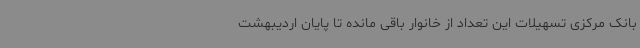
بانک مرکزی تسهیلات این تعداد از خانوار باقی مانده تا پایان اردیبهشت